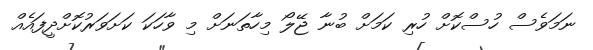
ނަމަވެސް ހުސްކޮށް ހުރި ކަމަށް ބުނާ ޖޭލޯ މިހާތަނަށް މި ވާހަކަ ކަށަވަރުކޮށްދީފައެއް